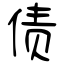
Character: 债